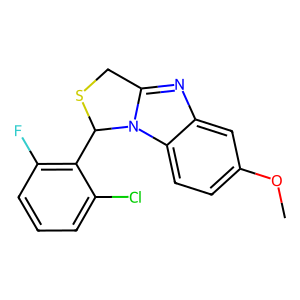
SMILES: COc1ccc2c(c1)nc1n2C(c2c(F)cccc2Cl)SC1
Inhibits HIV replication: No